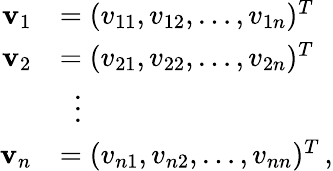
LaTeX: {\begin{array}{rl}{\mathbf{v}_{1}}&{=(v_{11},v_{12},\dots,v_{1n})^{T}}\\ {\mathbf{v}_{2}}&{=(v_{21},v_{22},\dots,v_{2n})^{T}}\\ &{\, \, \, \vdots}\\ {\mathbf{v}_{n}}&{=(v_{n1},v_{n2},\dots,v_{nn})^{T}\, ,}\end{array}}